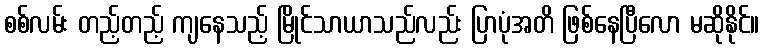
စစ်လမ်း တည့်တည့် ကျနေသည့် မြိုင်သာယာသည်လည်း ပြာပုံအတိ ဖြစ်နေပြီလော မဆိုနိုင်။